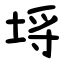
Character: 埓